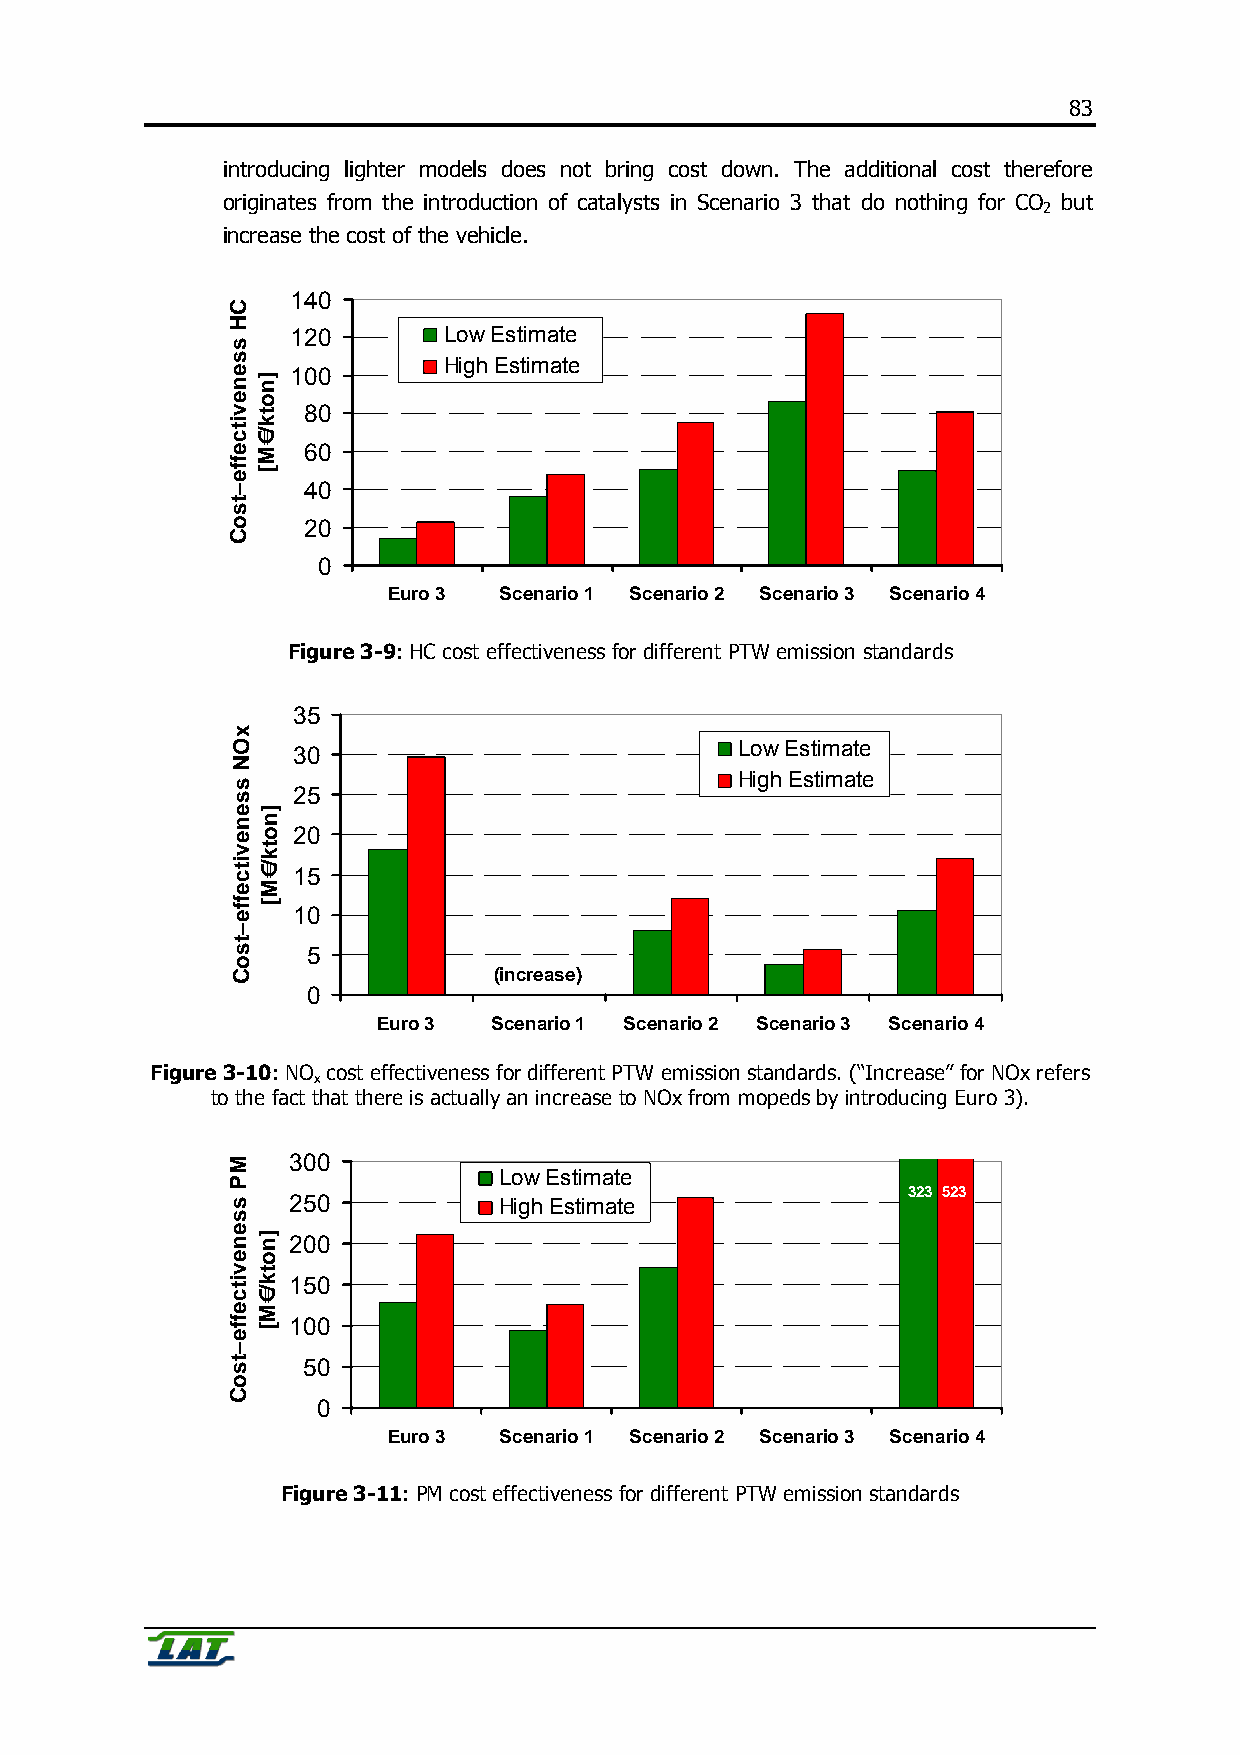
83
 introducing lighter models does not bring cost down. The additional cost therefore
 originates from the introduction of catalysts in Scenario 3 that do nothing for CO but
 2
 increase the cost of the vehicle.
 140
 120       Low Estimate
 High Estimate
 100
 80
 60
 40
 20
 0
 Euro 3 Scenario 1 Scenario 2 Scenario 3 Scenario 4
 Figure 3-9: HC cost effectiveness for different PTW emission standards
 35
 Low Estimate
 30
 High Estimate
 25
 20
 15
 10
 5
 (increase)
 0
 Euro 3  Scenario 1 Scenario 2 Scenario 3 Scenario 4
 Figure 3-10: NO cost effectiveness for different PTW emission standards. (“Increase” for NOx refers
 x
 to the fact that there is actually an increase to NOx from mopeds by introducing Euro 3).
 300
 Low Estimate
 323 523
 250           High Estimate
 200
 150
 100
 50
 0
 Euro 3 Scenario 1 Scenario 2 Scenario 3 Scenario 4
 Figure 3-11: PM cost effectiveness for different PTW emission standards
 CH
 ssenevitceffe–tsoC
 xON
 ssenevitceffe–tsoC
 MP
 ssenevitceffe–tsoC
 ]notk/€M[
 ]notk/€M[
 ]notk/€M[
 82